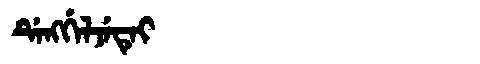
Manchu: ᡩᡝᠩᡤᡝᠯᠵᡝᡨᡝᡳ
Romanization: DENGGELJETEI